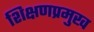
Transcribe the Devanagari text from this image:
शिक्षणप्रमुख